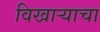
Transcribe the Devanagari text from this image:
विखाऱ्याचा